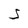
Character: S